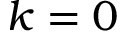
k = 0